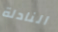
النادلة